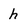
Character: h